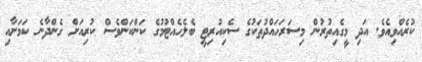
ކުރެއްވިއެވެ. އަދި މީގެއިތުރުން މިސަރަހައްދުތަކުގެ ސެކިއުރިޓީ ބެލެހެއްޓުމުގެ ކަންކަންވެސް ކުރިއަށް ގެންދާނެ ކަމަށާއި